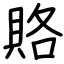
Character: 賂